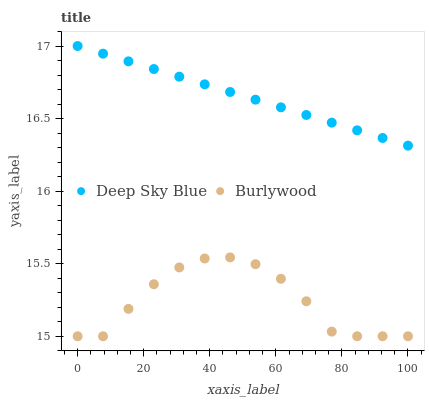
| xaxis_label | Deep Sky Blue | Burlywood |
 | --- | --- | --- |
 | 0 | 17 | 15 |
 | 7.69 | 16.9 | 15 |
 | 15.4 | 16.9 | 15.2 |
 | 23.1 | 16.8 | 15.4 |
 | 30.8 | 16.8 | 15.5 |
 | 38.5 | 16.7 | 15.5 |
 | 46.2 | 16.7 | 15.5 |
 | 53.8 | 16.6 | 15.5 |
 | 61.5 | 16.6 | 15.4 |
 | 69.2 | 16.5 | 15.2 |
 | 76.9 | 16.5 | 15 |
 | 84.6 | 16.4 | 15 |
 | 92.3 | 16.4 | 15 |
 | 100 | 16.3 | 15 |